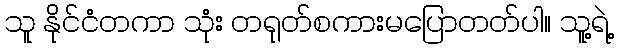
သူ နိုင်ငံတကာ သုံး တရုတ်စကားမပြောတတ်ပါ။ သူ့ရဲ့